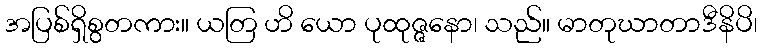
အပြစ်ရှိစွတကား။ ယတြ ဟိ ယော ပုထုဇ္ဇနော၊ သည်။ မာတုဃာတာဒီနိပိ၊